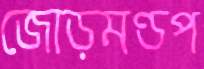
জোড়মণ্ডপ